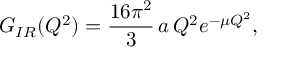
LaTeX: G _ { I R } ( Q ^ { 2 } ) = { \frac { 1 6 \pi ^ { 2 } } { 3 } } \, a \, Q ^ { 2 } e ^ { - \mu Q ^ { 2 } } ,